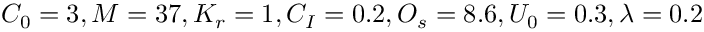
C _ { 0 } = 3 , M = 3 7 , K _ { r } = 1 , C _ { I } = 0 . 2 , O _ { s } = 8 . 6 , U _ { 0 } = 0 . 3 , \lambda = 0 . 2